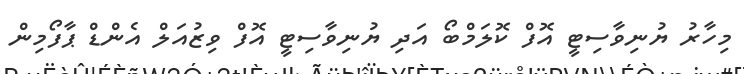
މިހާރު ޔުނިވާސިޓީ އޮފް ކޮލަމްބޯ އަދި ޔުނިވާސިޓީ އޮފް ވިޒުއަލް އެންޑް ޕާފޯމިން